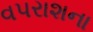
વપરાશના